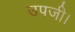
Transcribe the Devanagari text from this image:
उपजी।